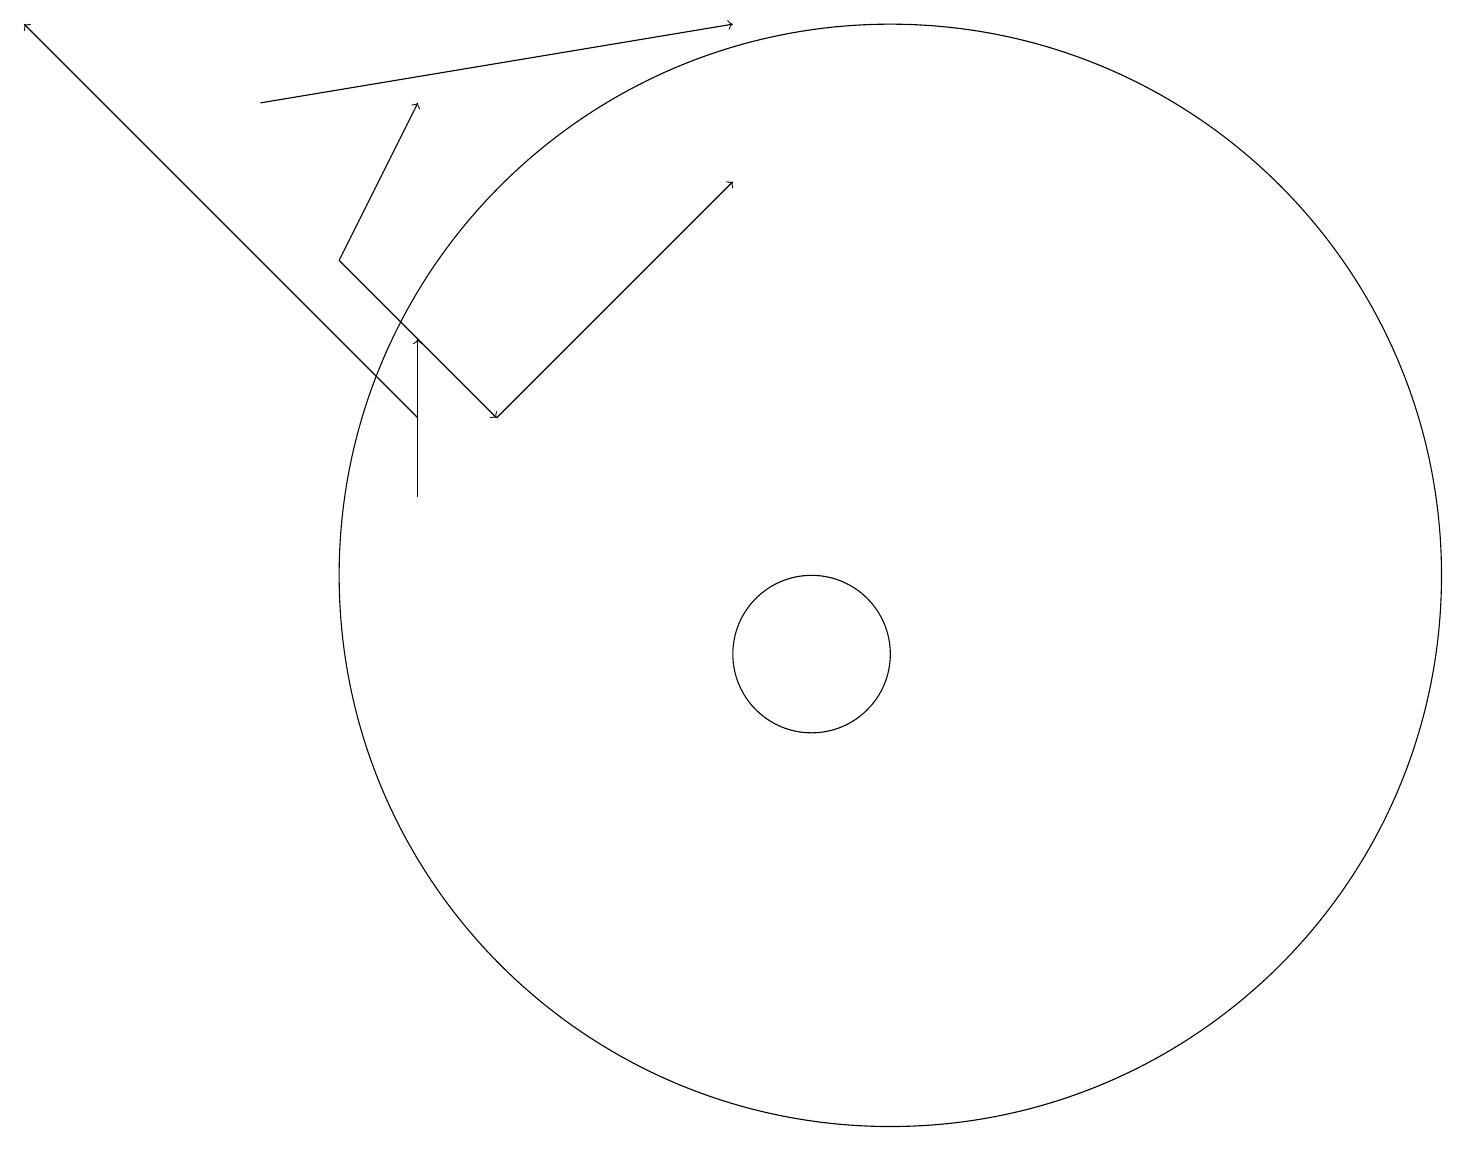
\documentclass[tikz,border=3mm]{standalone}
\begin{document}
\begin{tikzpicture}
\draw[->] (4,15) -- (5,17);
\draw[->] (5,12) -- (5,14);
\draw[->] (3,17) -- (9,18);
\draw[->] (5,13) -- (0,18);
\draw (11,11) circle (7);
\draw[->] (6,13) -- (9,16);
\draw (10,10) circle (1);
\draw[->] (4,15) -- (6,13);
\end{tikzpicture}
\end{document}